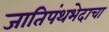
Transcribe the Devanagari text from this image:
जातिपंथभेदाचा